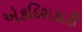
એકદિશકારી